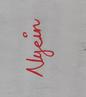
Signature authenticity: genuine